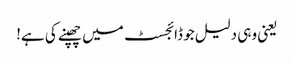
یعنی وہی دلیل جو ڈائجسٹ میں چھپنے کی ہے!